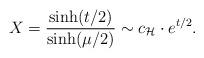
LaTeX: \begin{align*} X = \frac{\sinh(t/2)}{\sinh(\mu/2)} \sim c_{\mathcal{H}} \cdot e^{t/2}.\end{align*}